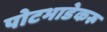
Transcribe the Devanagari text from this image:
पोटभाडेकरू